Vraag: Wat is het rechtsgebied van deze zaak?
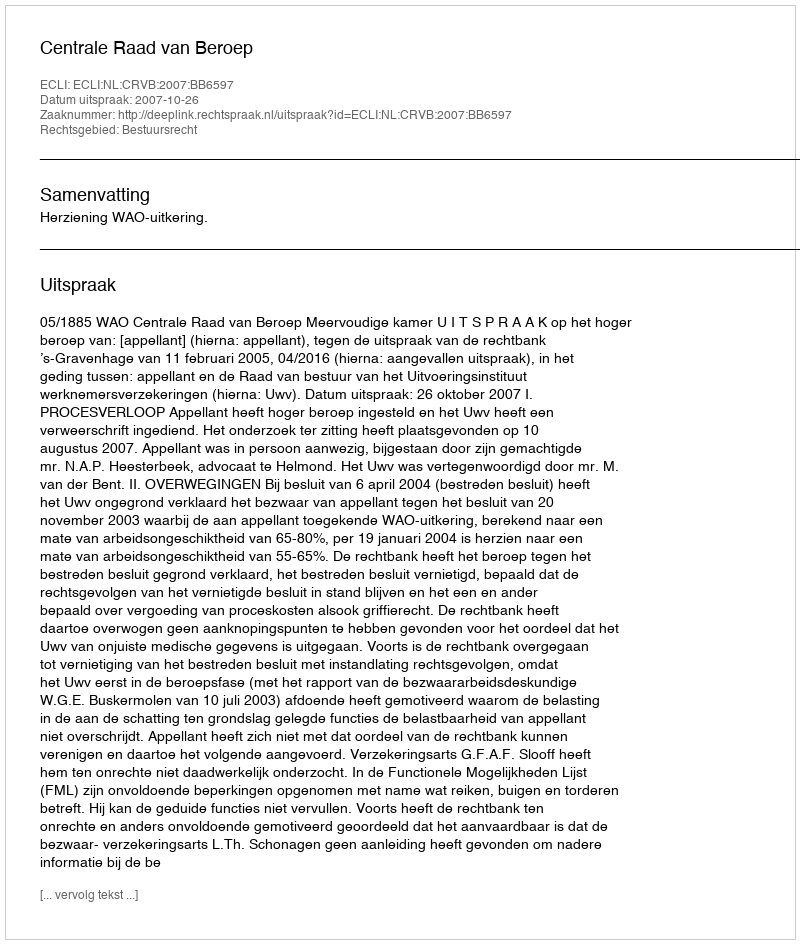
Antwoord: Bestuursrecht